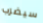
سيضرب